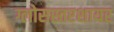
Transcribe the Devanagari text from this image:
ग्लोसस्तरशायर